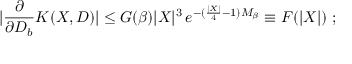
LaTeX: \left. | \frac { \partial } { \partial D _ { b } } K ( X , D ) | \leq G ( \beta ) | X | ^ { 3 } \, e ^ { - ( \frac { | X | } { 4 } - 1 ) M _ { \beta } } \equiv F ( | X | ) \ ; \right.